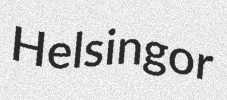
Helsingor